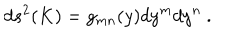
d s ^ { 2 } ( K ) = g _ { m n } ( y ) d y ^ { m } d y ^ { n } ~ .